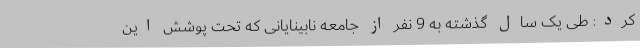
کرد: طی یک سال گذشته به 9 نفر از جامعه نابینایانی که تحت پوشش این